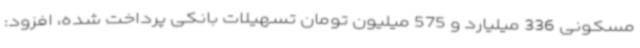
مسکونی 336 میلیارد و 575 میلیون تومان تسهیلات بانکی پرداخت شده، افزود: